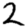
Digit: 2